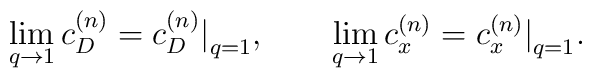
\lim_{q\to1} c^{(n)}_D  = c^{(n)}_D\big|_{q=1}, \qquad\lim_{q\to1} c^{(n)}_x  = c^{(n)}_x\big|_{q=1} .